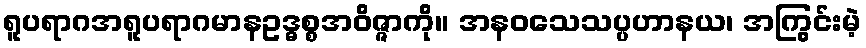
ရူပရာဂအရူပရာဂမာနဥဒ္ဓစ္စအဝိဇ္ဇာကို။ အနဝသေသပ္ပဟာနယ၊ အကြွင်းမဲ့